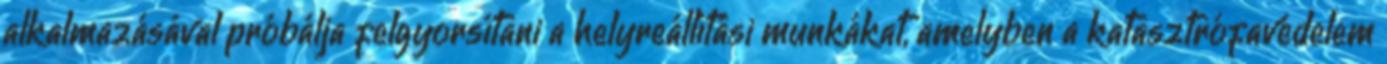
alkalmazásával próbálja felgyorsítani a helyreállítási munkákat, amelyben a katasztrófavédelem